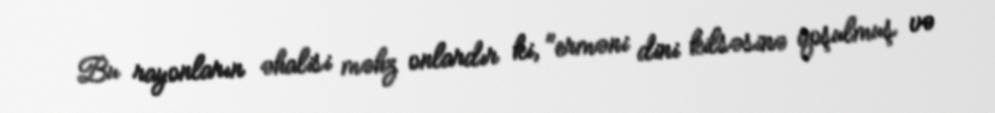
Bu rayonların əhalisi məhz onlardır ki, "erməni dini kilsəsinə qoşulmuş və